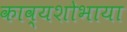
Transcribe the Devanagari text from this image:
काव्यशोभाया